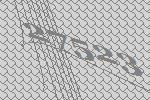
27523